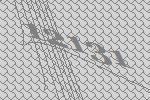
12131